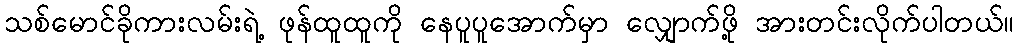
သစ်မောင်ခိုကားလမ်းရဲ့ ဖုန်ထူထူကို နေပူပူအောက်မှာ လျှောက်ဖို့ အားတင်းလိုက်ပါတယ်။